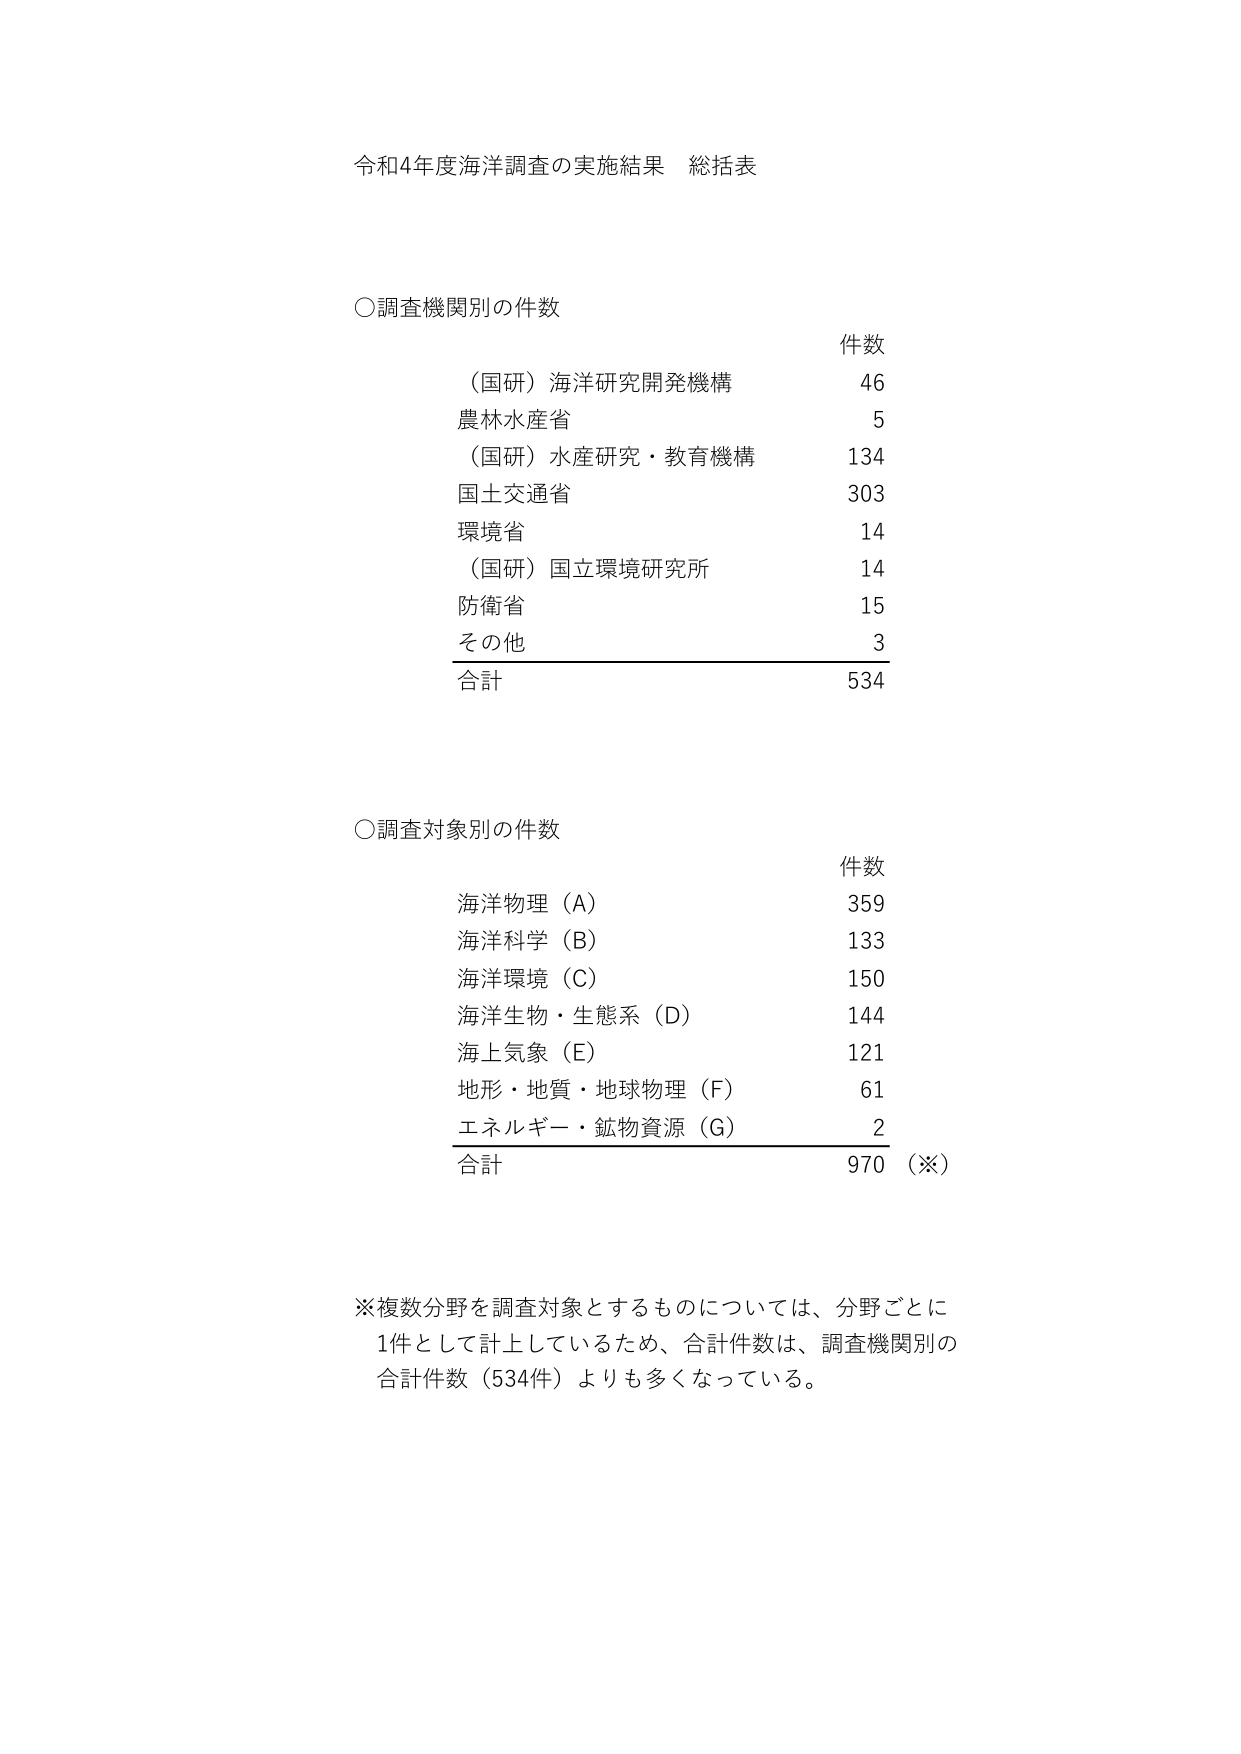
令和4年度海洋調査の実施結果 総括表

○調査機関別の件数
件数
（国研）海洋研究開発機構 46
農林水産省 5
（国研）水産研究・教育機構 134
国土交通省 303
環境省 14
（国研）国立環境研究所 14
防衛省 15
その他 3
合計 534

○調査対象別の件数
件数
海洋物理（A） 359
海洋科学（B） 133
海洋環境（C） 150
海洋生物・生態系（D） 144
海上気象（E） 121
地形・地質・地球物理（F） 61
エネルギー・鉱物資源（G） 2
合計 970（※）

※複数分野を調査対象とするものについては、分野ごとに
1件として計上しているため、合計件数は、調査機関別の
合計件数（534件）よりも多くなっている。